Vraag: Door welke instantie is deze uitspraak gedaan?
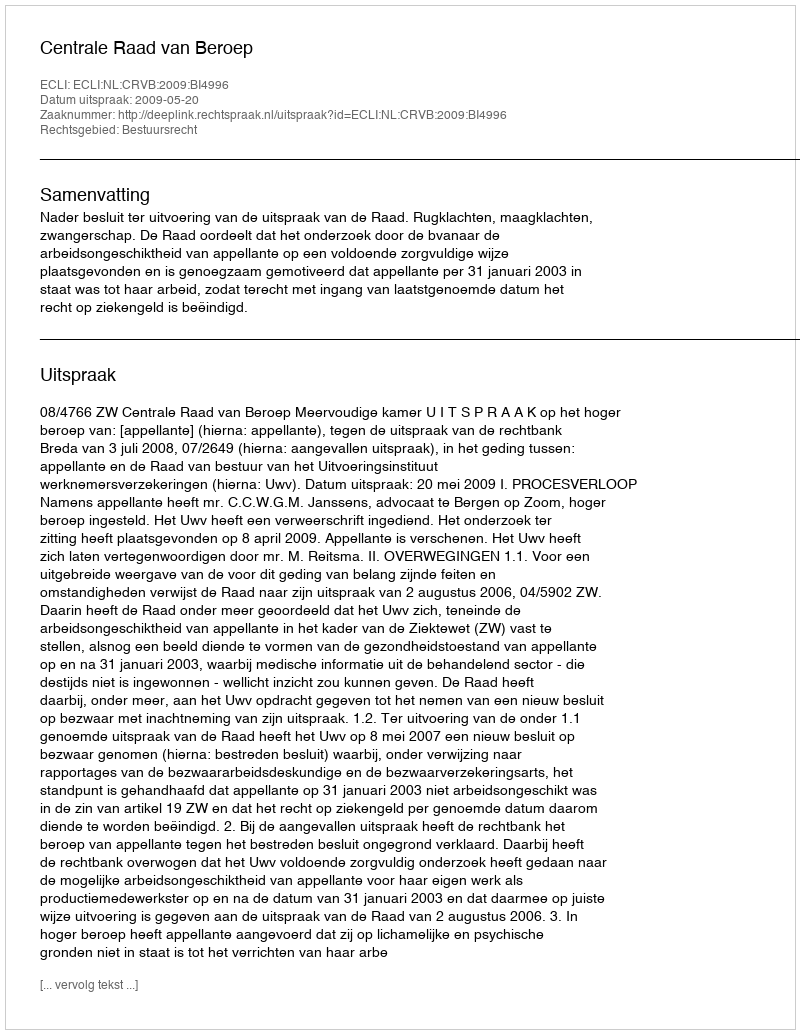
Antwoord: Centrale Raad van Beroep